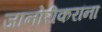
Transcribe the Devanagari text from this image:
जानोरीकरांना